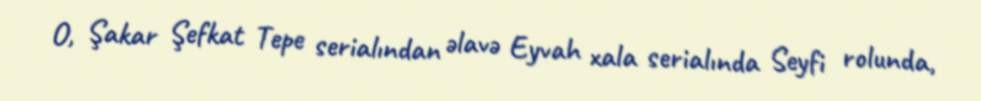
O, Şakar Şefkat Tepe serialından əlavə Eyvah xala serialında Seyfi rolunda,